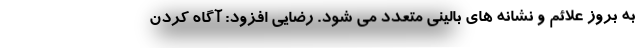
به بروز علائم و نشانه های بالینی متعدد می شود. رضایی افزود: آگاه کردن